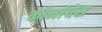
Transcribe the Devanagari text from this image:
कोमांचेस